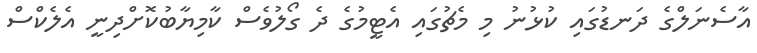
އާސެނަލްގެ ދަނޑުގައި ކުޅުނު މި މެޗުގައި އެޓީމުގެ ދެ ގޯލުވެސް ކާމިޔާބުކޮށްދިނީ އެލެކްސް